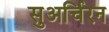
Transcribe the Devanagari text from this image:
सुअर्चिरन